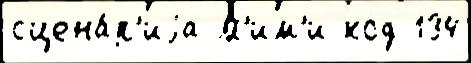
сцена́р'иjа М'им'и код 134